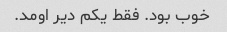
خوب بود. فقط یکم دیر اومد.